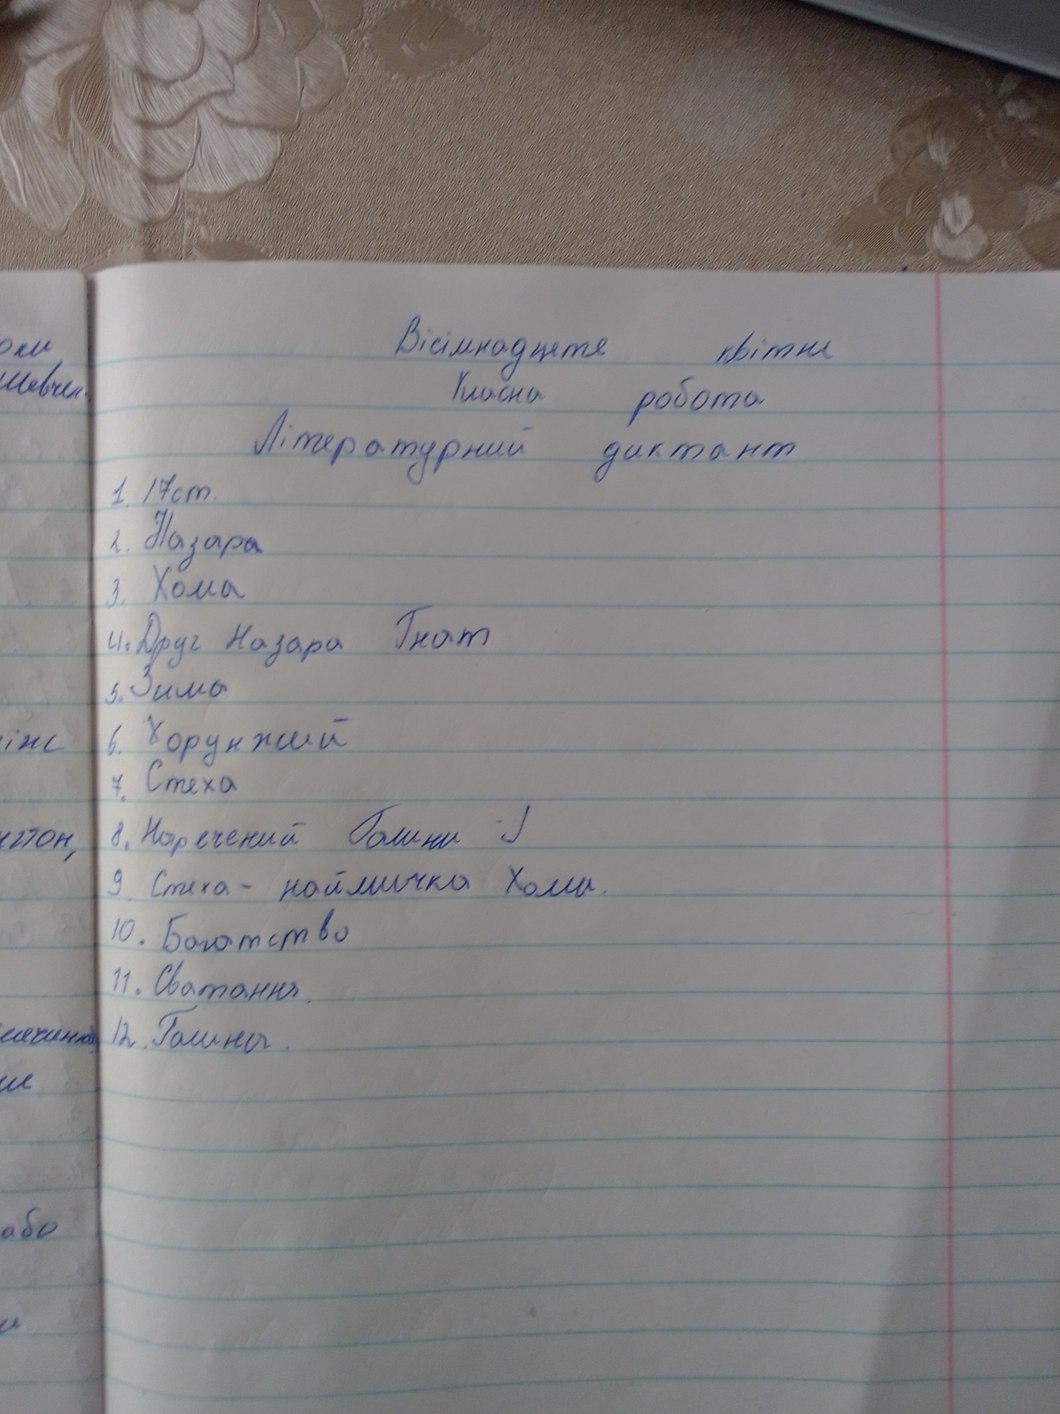
Вісімнадцяте квітня
оки
Шевчен
Класна робота
Літературний диктант
1. 17ст.
1. Назар~~а~~
3. Хома
4. Друг Назара Гнат
5. Зима
6. Хорунжий
іж
7. Стеха
8. Наречений Галини J
итон,
9. Стеха - наймичка Хоми.
10. Богатство
11. Сватання
12. Галина.
мечиню
и
або